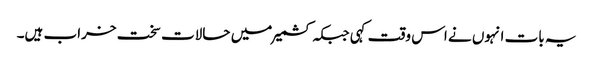
یہ بات انہوں نے اس وقت کہی جبکہ کشمیر میں حالات سخت خراب ہیں۔